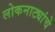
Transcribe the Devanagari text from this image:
लोकनाट्यांचे